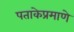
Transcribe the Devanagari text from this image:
पताकेप्रमाणे